Madras plague regulations in force outside the Presidency town - Volume 4
Disease focus: Plague
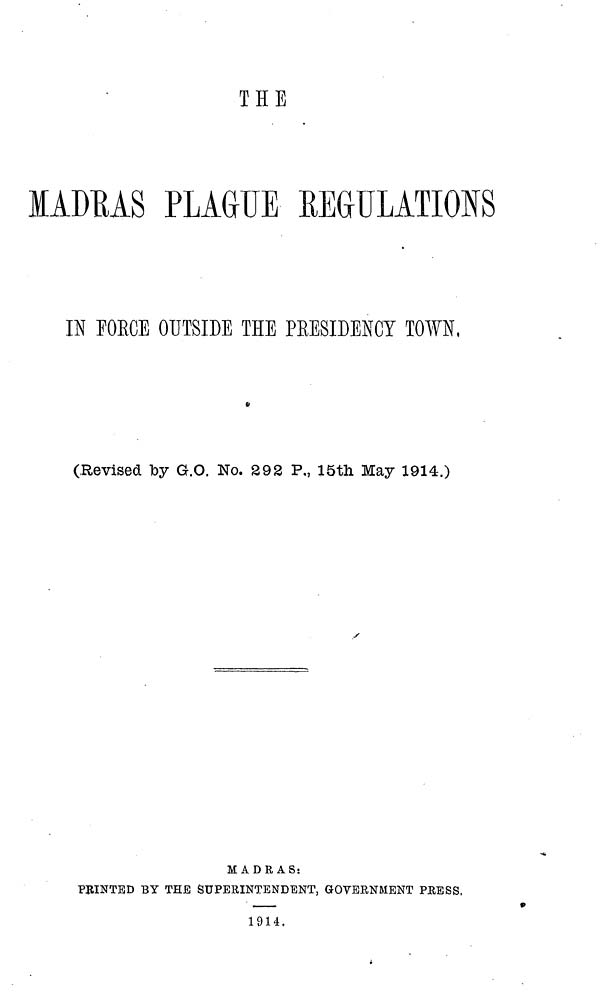
THE
MADRAS PLAGUE REGULATIONS
IN FORCE OUTSIDE THE PRESIDENCY TOWN,
(.Revised by G.O. No. 292 P., 15th May 1914.)
MADRAS:
PRINTED BY THE SUPERINTENDENT, GOVERNMENT PRESS,
i
1914,